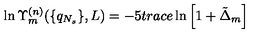
\ln \Upsilon _ { m } ^ { ( n ) } ( \{ q _ { N _ { s } } \} , L ) = - 5 t r a c e \ln \left[ 1 + \tilde { \Delta } _ { m } \right]